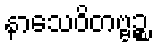
နာသေဝိတဗ္ဗဉ္စ